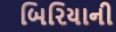
બિરિયાની